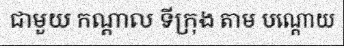
ជាមួយ កណ្តាល ទីក្រុង តាម បណ្តោយ